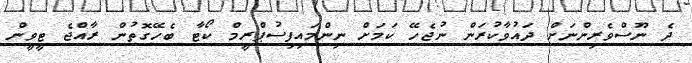
ދެ ނޫސްވެރިންނަށް ދައުވާކުރަން ނުޖެހޭ ކަމަށް ނިންމައިފިސުޕްރީމް ކޯޓާ ބެހޭގޮތުން ރާއްޖެ ޓީވީން